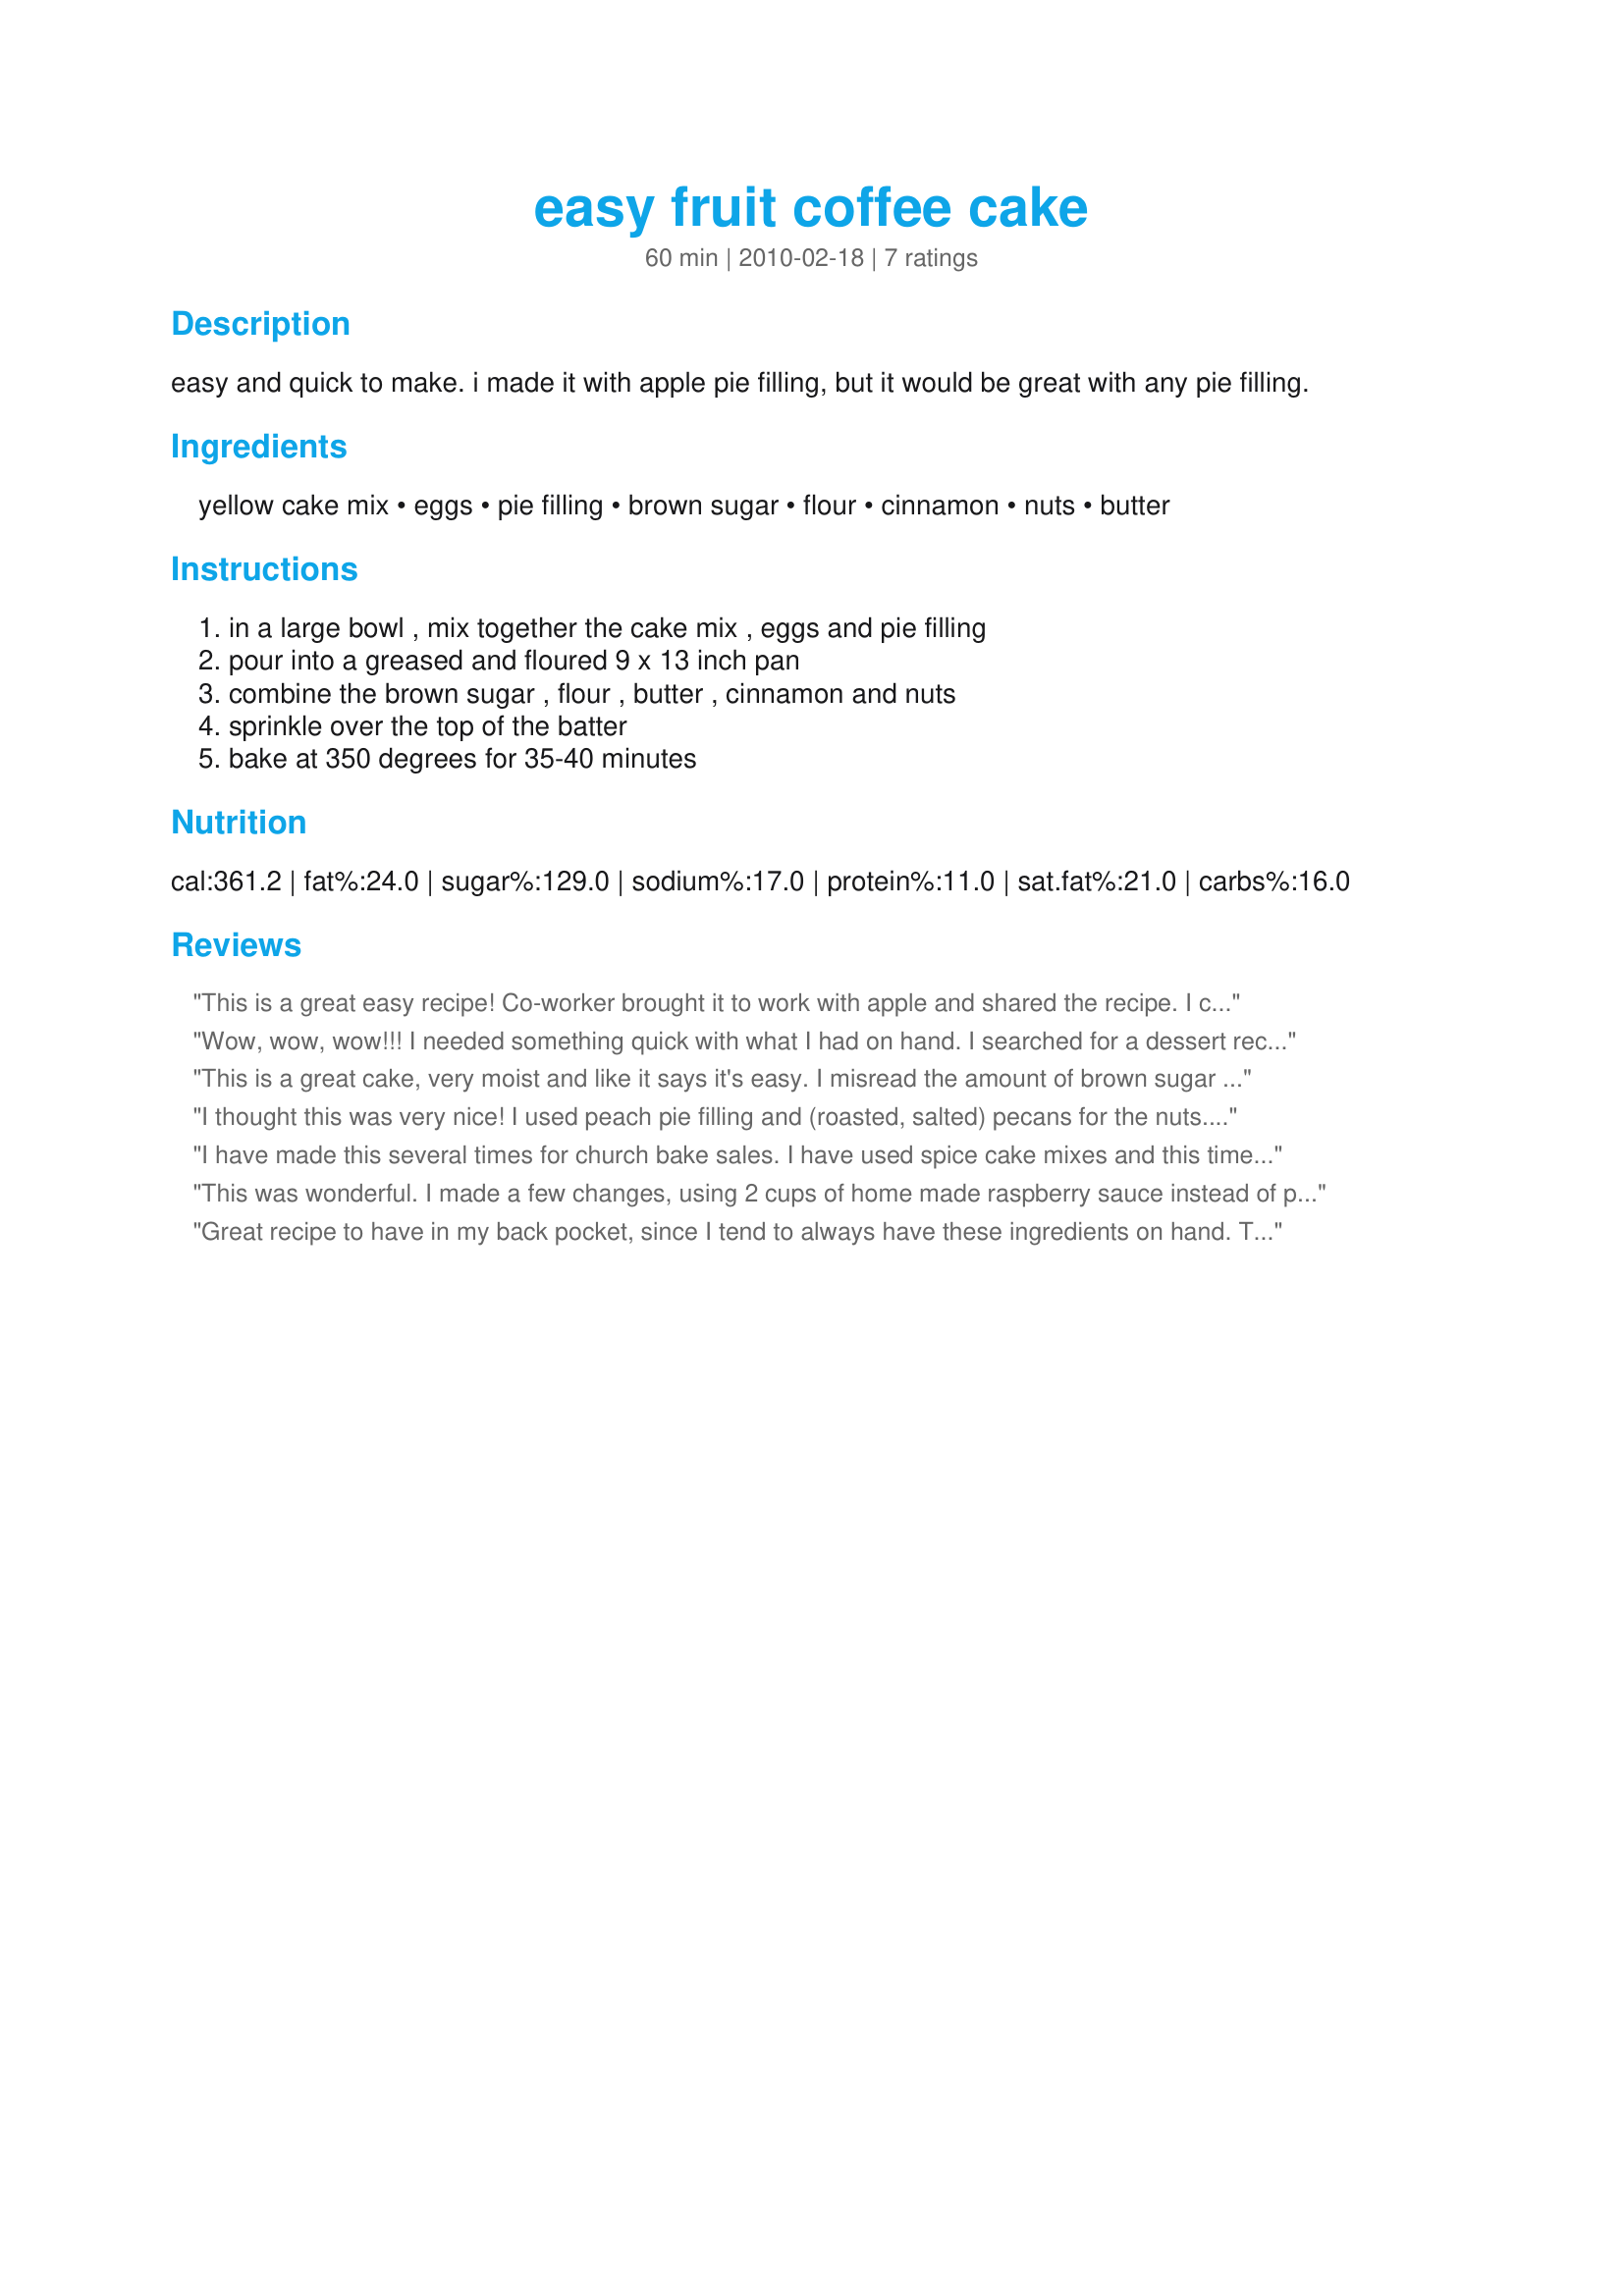
easy fruit coffee cake
Preparation time: 60 minutes

easy and quick to make. i made it with apple pie filling, but it would be great with any pie filling.

Ingredients:
yellow cake mix, eggs, pie filling, brown sugar, flour, cinnamon, nuts, butter

Steps:
in a large bowl , mix together the cake mix , eggs and pie filling, pour into a greased and floured 9 x 13 inch pan, combine the brown sugar , flour , butter , cinnamon and nuts, sprinkle over the top of the batter, bake at 350 degrees for 35-40 minutes

Reviews:
This is a great easy recipe! Co-worker brought it to work with apple and shared the recipe. I couldn't find hers and found this-pretty much the same and I brought it to work with peach pie filling. I did not use nuts but it turned out great and I think we will have this quite often at work and home! I did use a whole stick of butter on the top as I felt it was too dry for the brown sugar. I sprinkled just a tad more brown sugar on top and it was wonderful! MUST TRY:)
Wow, wow, wow!!! I needed something quick with what I had on hand. I searched for a dessert recipe made with apple pie filling and found this. It's a winner, and there are only about two pieces left. My family and guests raved about it, and it couldn't be easier. I only made one change. I mixed the brown sugar, cinnamon, flour, and nuts together and sprinkled them dry over the top. Then I melted a half-stick of butter (1/4 cup) and drizzled it over before baking. My family is already demanding that I make it again, and my daughter and sister-in-law both want the recipe. Thanks for posting a real winner. Next time I make it I'll post a photo.
This is a great cake, very moist and like it says it's easy. I misread the amount of brown sugar to use and did not put enough in the topping, the cake was done when I realized what I had done. I put more brown sugar on top while it cooled, turned out just fine, might recommend that to anyone making it. I think the next time I make I will not mix the apples up as much as I did this time, I prefer a little more chunks than it had. Will make again, love it.
I thought this was very nice! I used peach pie filling and (roasted, salted) pecans for the nuts. I wasn't sure how 1 Tbsp of butter would be enough for the topping but it seemed to work fine (though it was pretty crumbly). The cake itself was very moist. I baked for 35 minutes which was perfect for my oven. Thanks for sharing! -June 5, 2010. Update: I see the amount of butter has been updated. I'll have to try it again with the new amount! Thanks :)
I have made this several times for church bake sales. I have used spice cake mixes and this time lemon cake mix. Both seemed to work fine and taste good. DH loves the fact that the cake is moist.
This was wonderful. I made a few changes, using 2 cups of home made raspberry sauce instead of pie filling. I mixed the cake mix and eggs first, then stirred in the raspberries. For the topping, my brown sugar was so hard that I put it in a bowl with the butter and melted them together. I then added 1/2 C oatmeal and 1/2 C chopped hazelnuts Perfect! I guess you can&#039;t go wrong with this recipe. Make it for breakfast or for dessert, it&#039;s delicious.
Great recipe to have in my back pocket, since I tend to always have these ingredients on hand. This was quite sweet, but I've got a sweet tooth so that's just fine by me. Made my house smell unbelievable. Thanks!!!
